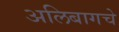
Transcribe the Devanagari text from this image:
अलिबागचे